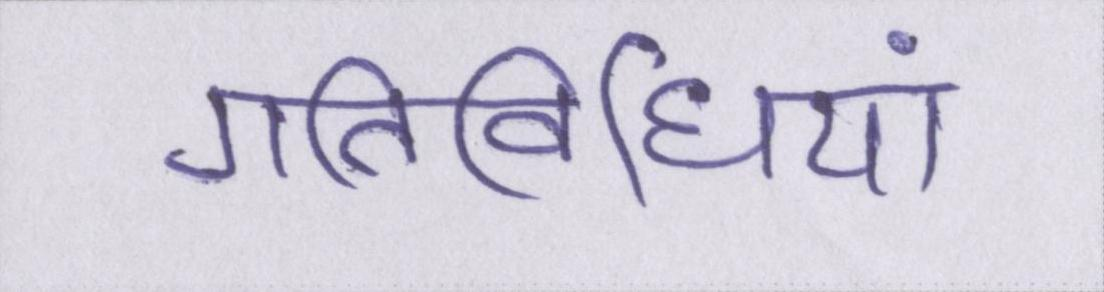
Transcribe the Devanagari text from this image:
गतिविधियां